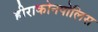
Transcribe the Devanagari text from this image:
हीराकोनपोलिस